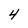
Character: 4